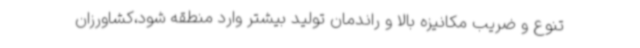
تنوع و ضریب مکانیزه بالا و راندمان تولید بیشتر وارد منطقه شود،کشاورزان